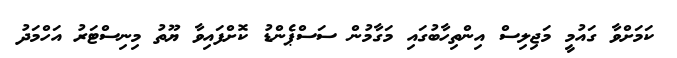
ކަމަށްވާ ގައުމީ މަޖިލިސް އިންތިހާބުގައި މަގާމުން ސަސްޕެންޑު ކޮށްފައިވާ ޔޫތު މިނިސްޓަރު އަހްމަދު